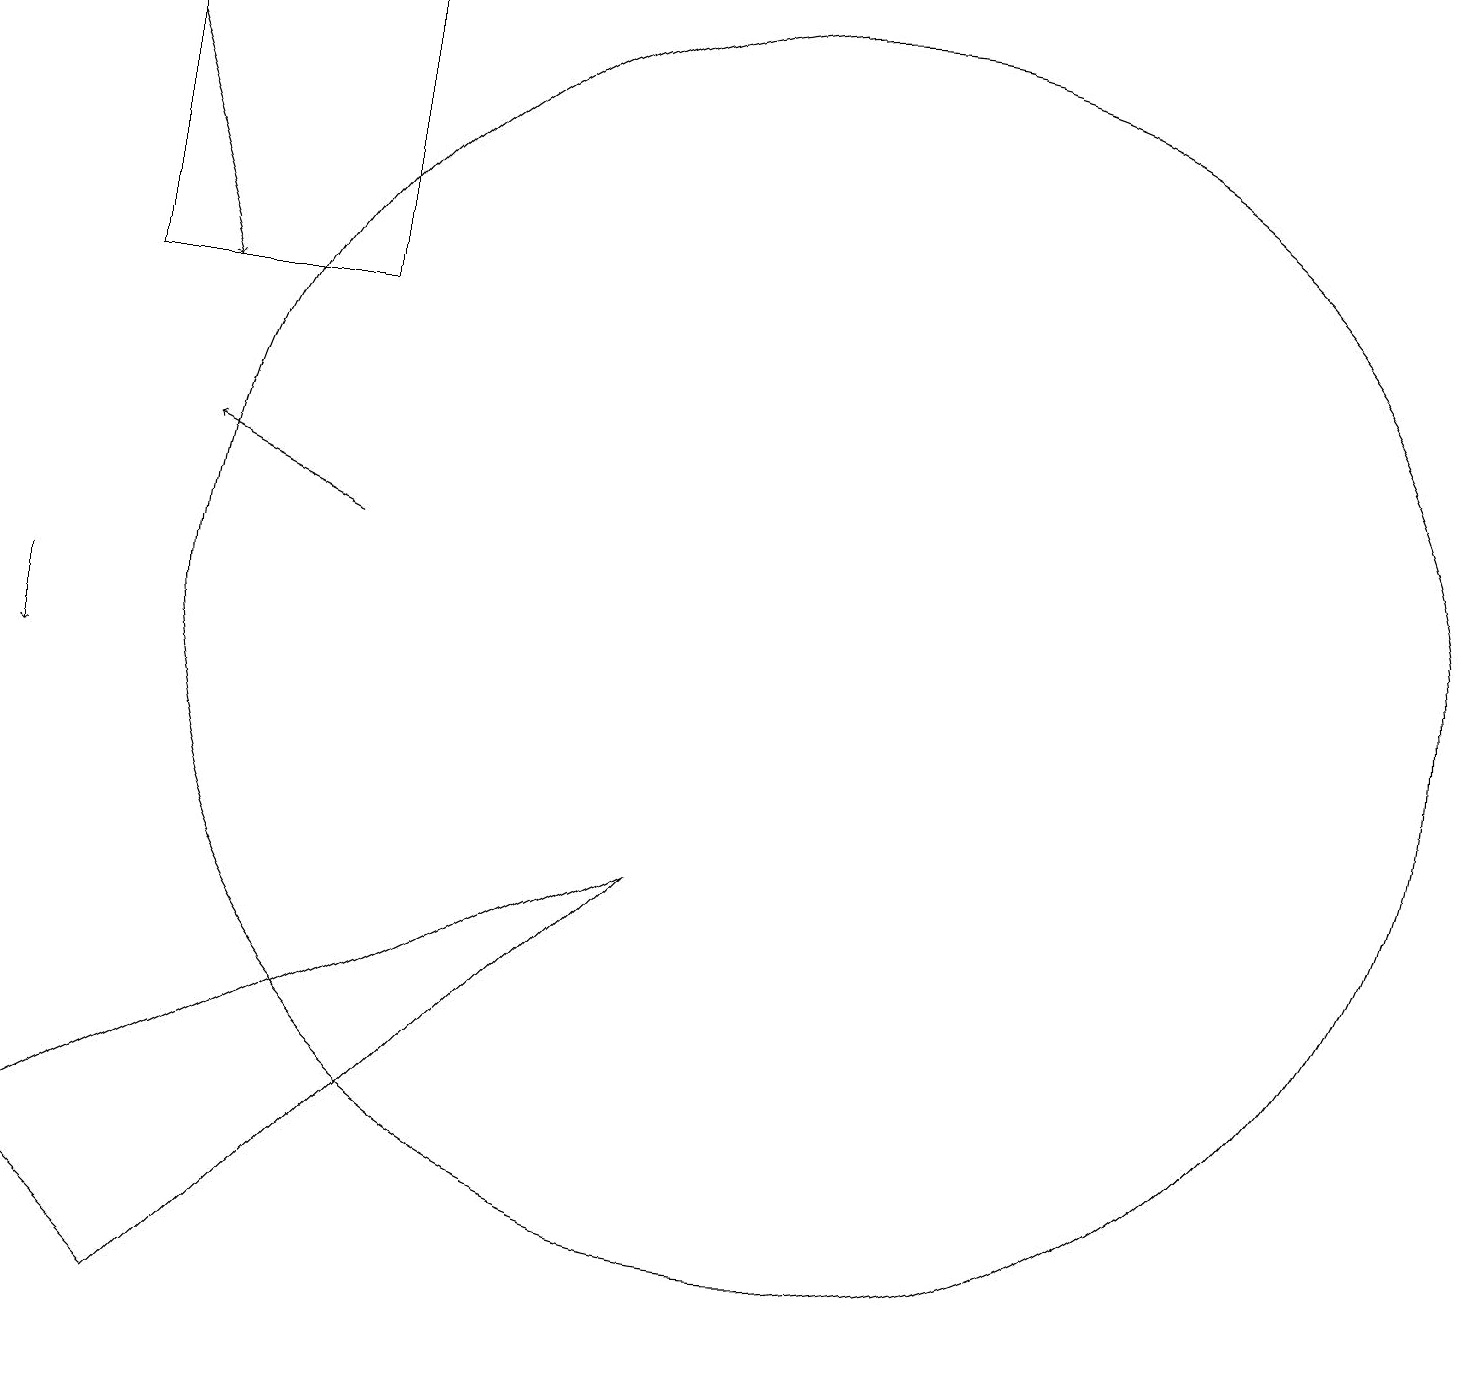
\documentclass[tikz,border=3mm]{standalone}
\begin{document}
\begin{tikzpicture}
\draw (3,2) -- (9,8) -- (1,4) -- cycle;
\draw[->] (1,11) -- (1,10);
\draw (11,11) circle (8);
\draw (2,19) rectangle (5,15);
\draw[->] (5,12) -- (3,13);
\draw[->] (2,18) -- (3,15);
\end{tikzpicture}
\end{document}